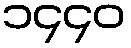
၁၄၄၀